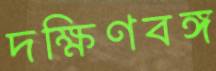
দক্ষিণবঙ্গ